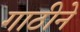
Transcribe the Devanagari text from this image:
गाठीने